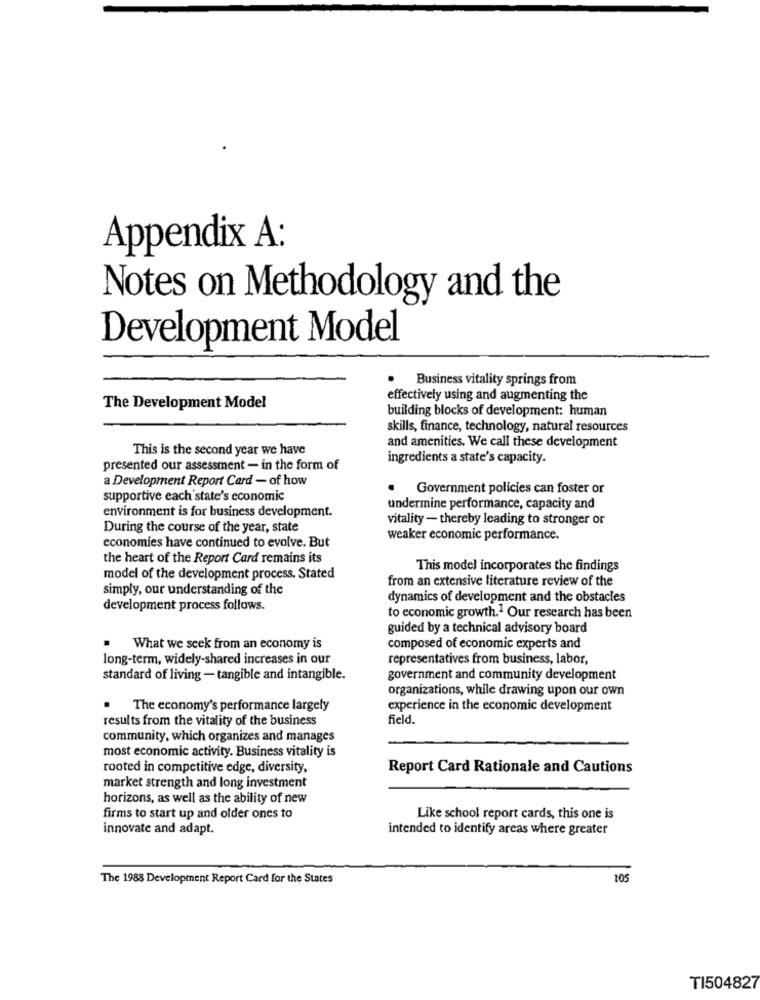
Appendix A:
Notes on Methodology and the
Development Model
Business vitality springs from
effectively using and augmenting the
The Development Model
building blocks of development: human
skills, finance, technology, natural resources
and amenities. We call these development
This is the second year we have
ingredients a state's capacity.
presented our assessment - in the form of
a Development Report Card - of how
Government policies can foster or
supportive each state's economic
environment is for business development.
undermine performance, capacity and
vitality - thereby leading to stronger or
During the course of the year, state
weaker economic performance.
economies have continued to evolve. But
the heart of the Report Card remains its
This model incorporates the findings
model of the development process. Stated
from an extensive literature review of the
simply, our understanding of the
dynamics of development and the obstacles
development process follows.
to economic growth.1 Our research has been
guided by a technical advisory board
What we seek from an economy is
composed of economic experts and
long-term, widely-shared increases in our
representatives from business, labor,
standard of living - tangible and intangible.
government and community development
organizations, while drawing upon our own
The economy's performance largely
experience in the economic development
results from the vitality of the business
field.
community, which organizes and manages
most economic activity. Business vitality is
rooted in competitive edge, diversity,
Report Card Rationale and Cautions
market strength and long investment
horizons, as well as the ability of new
firms to start up and older ones to
Like school report cards, this one is
innovate and adapt.
intended to identify areas where greater
The 1988 Development Report Card for the States
105
TI504827